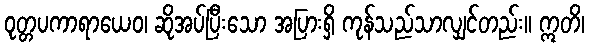
ဝုတ္တပကာရာယေဝ၊ ဆိုအပ်ပြီးသော အပြားရှိ ကုန်သည်သာလျှင်တည်း။ ဣတိ၊